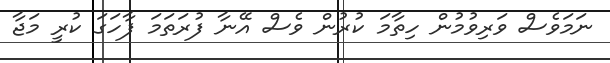
ނަމަވެސް ވަރިވުމުން ހިތާމަ ކުރުން ވެސް އޭނާ ފުރަތަމަ ފާހަގަ ކުރީ މަޖާ